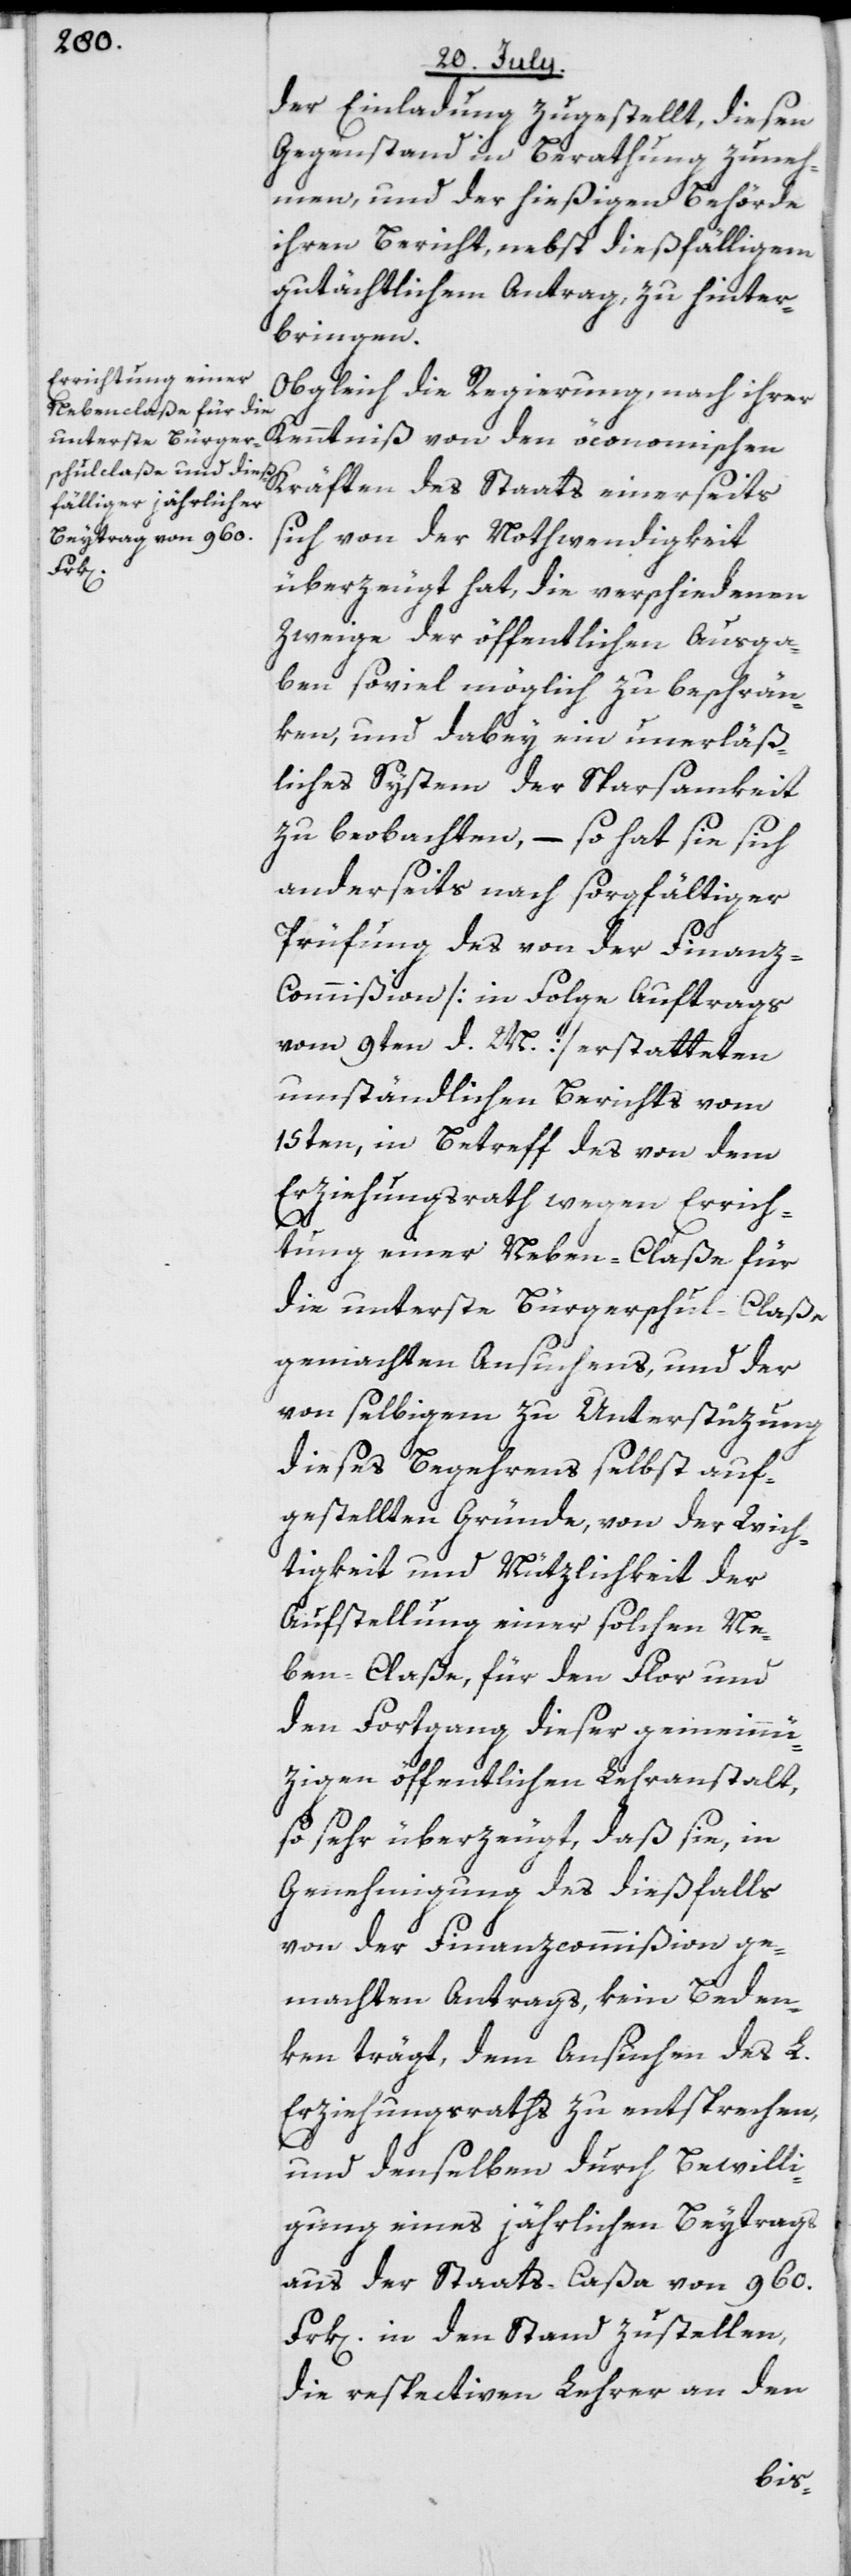
der Einladung zugestellt, diesen
Gegenstand in Berathung zu neh¬
men, und der hießigen Behörde
ihren Bericht, nebst dießfälligem
gutächtlichem Antrag, zu hinter¬
bringen.
Obgleich die Regierung, nach ihrer
Kenntniß von den öconomischen
Kräften des Staats einerseits
sich von der Nothwendigkeit
überzeugt hat, die verschiedenen
Zweige der öffentlichen Ausga¬
ben soviel möglich zu beschrän¬
ken, und dabey ein unerläß¬
liches System der Sparsamkeit
zu beobachten, – so hat sie sich
anderseits nach sorgfältiger
Prüfung des von der Finan¬
z-Commißion [in Folge Auftrags
vom 9ten d. M.] erstatteten
umständlichen Berichts vom
15ten, in Betreff des von dem
Erziehungsrath wegen Errich¬
tung einer Neben-Claße für
die unterste Bürgerschul-Claße
gemachten Ansuchens, und der
von selbigem zu Unterstüzung
dieses Begehrens selbst auf¬
gestellten Gründe, von der Wich¬
tigkeit und Nützlichkeit der
Aufstellung einer solchen Ne¬
ben-Claße, für den Flor und
den Fortgang dieser gemeinnü¬
zigen öffentlichen Lehranstalt,
so sehr überzeugt, daß sie, in
Genehmigung des dießfalls
von der Finanzcommißion ge¬
machten Antrags, kein Beden¬
ken trägt, dem Ansuchen des L.
Erziehungsraths zu entsprechen,
und denselben durch Bewilli¬
gung eines jährlichen Beytrags
aus der Staats-Caßa von 960.
Frk[en]. in den Stand zu stellen,
die respectiven Lehrer an den